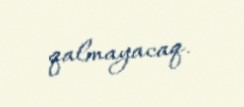
qalmayacaq.